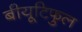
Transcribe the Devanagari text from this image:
बीयूटिफुल